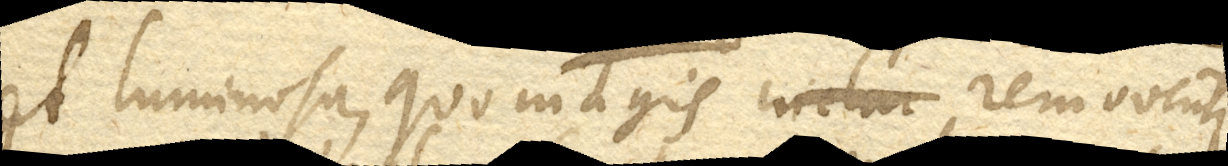
et luminosa, quo magis removentur,